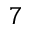
^ 7